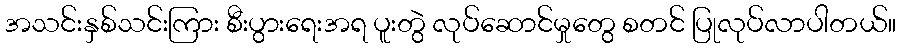
အသင်းနှစ်သင်းကြား စီးပွားရေးအရ ပူးတွဲ လုပ်ဆောင်မှုတွေ စတင် ပြုလုပ်လာပါတယ်။